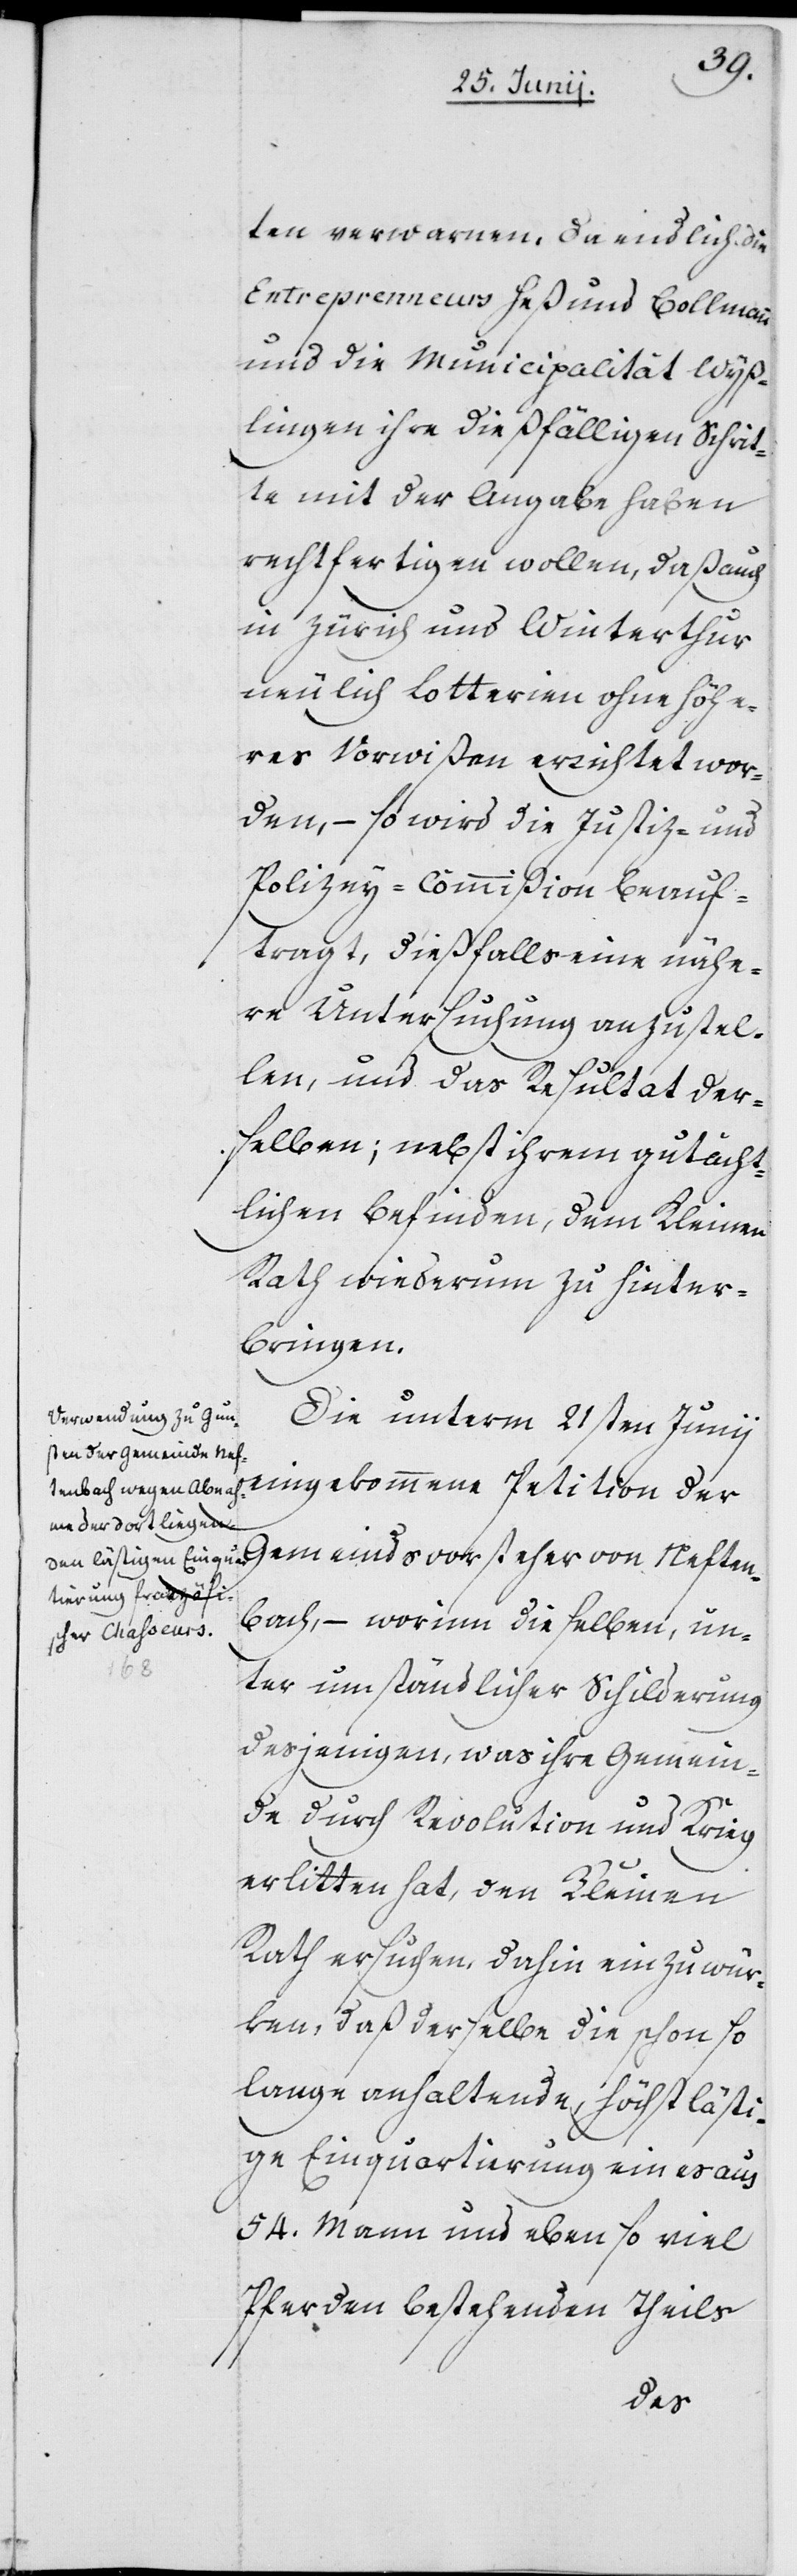
ten verwarnen. Da endlich die
Entreprenneurs Heß und Bollmann
und die Municipalität Wyß¬
lingen ihre dießfälligen Schrit¬
te mit der Angabe haben
rechtfertigen wollen, daß auch
in Zürich und Winterthur
neulich Lotterien ohne höhe¬
res Vorwißen errichtet wor¬
den, – so wird die Justiz- und
Polizey-Commißion beauf¬
tragt, dießfalls eine nähe¬
re Untersuchung anzustel¬
len, und das Resultat der¬
selben; nebst ihrem gutächt¬
lichen Befinden, dem Kleinen
Rath wiederum zu hinter¬
bringen.
Die unterm 21sten Junii
eingekommene Petition der
bach, – worinn dieselben, un¬
ten¬
ter umständlicher Schilderung
desjenigen, was ihre Gemein¬
de durch Revolution und Krieg
erlitten hat, den Kleinen
Rath ersuchen, dahin einzuwür¬
ken, daß derselbe die schon so
lange anhaltende, höchst lästi¬
ge Einquartierung eines aus
54. Mann und eben so viel
Pferden bestehenden Theils